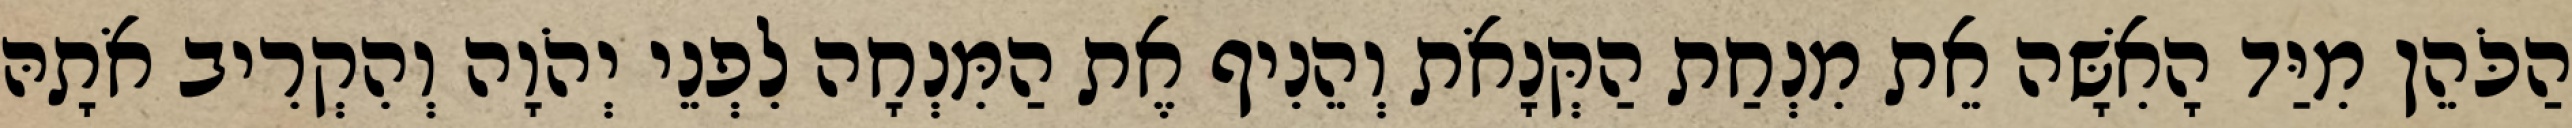
הַכֹּהֵן מִיַּד הָאִשָּׁה אֵת מִנְחַת הַקְּנָאֹת וְהֵנִיף אֶת הַמִּנְחָה לִפְנֵי יְהֹוָה וְהִקְרִיב אֹתָהּ